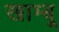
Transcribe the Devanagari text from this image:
खाम्बू